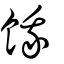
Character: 餓